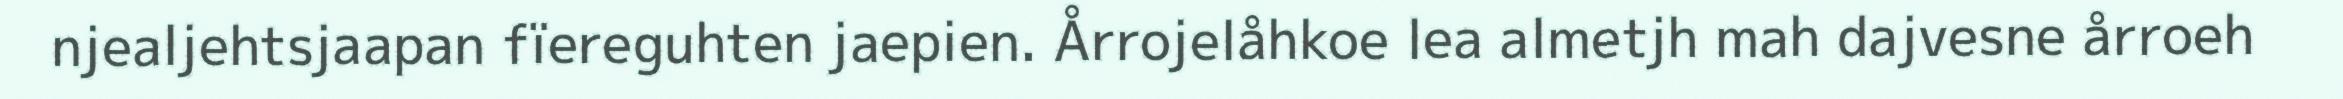
njealjehtsjaapan fïereguhten jaepien. Årrojelåhkoe lea almetjh mah dajvesne årroeh